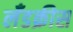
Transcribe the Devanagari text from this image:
लँडक्रीस